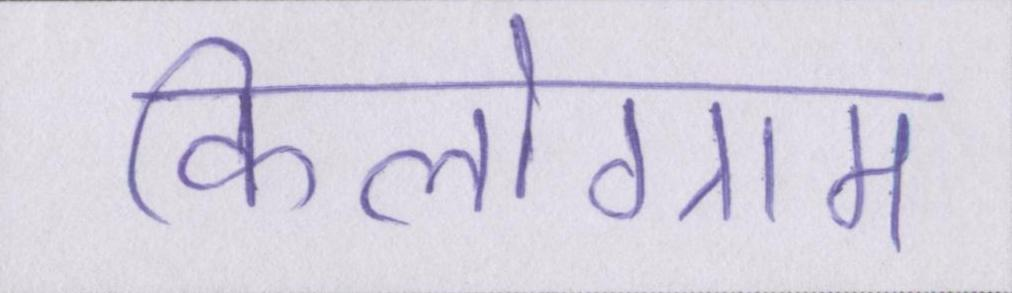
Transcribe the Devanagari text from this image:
किलोग्राम